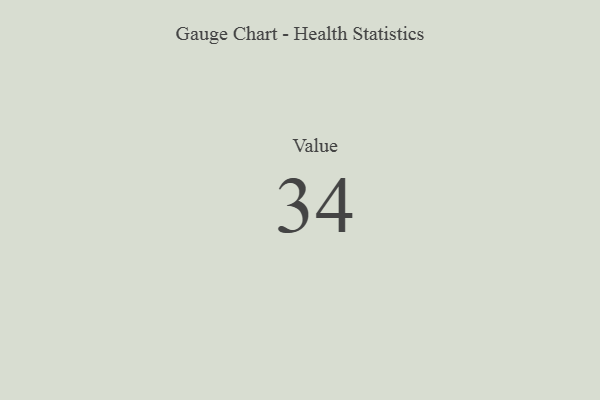
{"axis": {"x": "Metric", "y": "Value"}, "legend": [""], "data": [{"x": "Value", "y": 34, "type": ""}]}